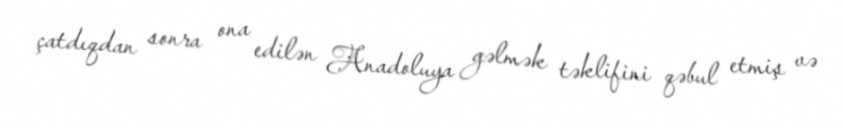
çatdıqdan sonra ona edilən Anadoluya gəlmək təklifini qəbul etmiş və